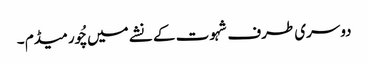
دوسری طرف شہوت کے نشے میں چُور میڈم ۔